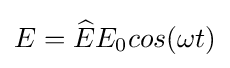
E={\widehat {E}}E_{0}cos(\omega t)